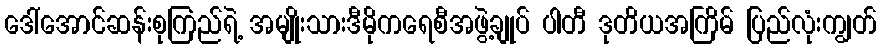
ဒေါ်အောင်ဆန်းစုကြည်ရဲ့ အမျိုးသားဒီမိုကရေစီအဖွဲ့ချုပ် ပါတီ ဒုတိယအကြိမ် ပြည်လုံးကျွတ်